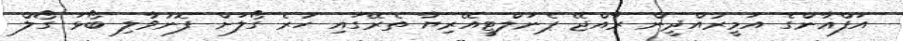
އަފްޣާންގެ އަމީރުއްދީން ރާއްޖޭ ޕެނަލްޓީއޭރިޔާ ތެރޭގައި ހުރެ ގޯލަށް ފޮނުވާލި ބޯޅަ ގޯލް